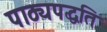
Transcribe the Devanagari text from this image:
पाठ्यपद्धति